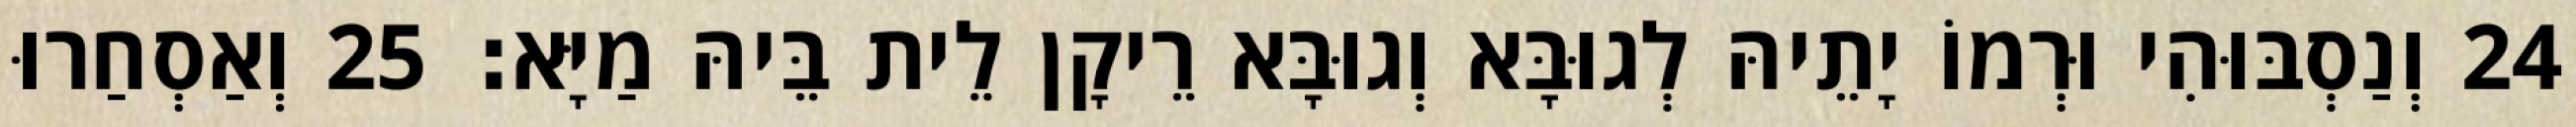
24 וְנַסְבּוּהִי וּרְמוֹ יָתֵיהּ לְגוּבָּא וְגוּבָּא רֵיקָן לֵית בֵּיהּ מַיָּא׃ 25 וְאַסְחַרוּ